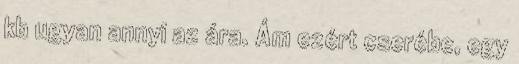
kb ugyan annyi az ára. Ám ezért cserébe, egy